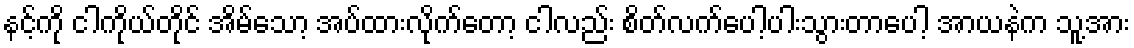
နင့်ကို ငါကိုယ်တိုင် အိမ်သော့ အပ်ထားလိုက်တော့ ငါလည်း စိတ်လက်ပေါ့ပါးသွားတာပေါ့ အာယနဲက သူ့အား